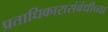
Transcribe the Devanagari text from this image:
प्रताधिकारासंबंधीच्या